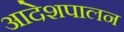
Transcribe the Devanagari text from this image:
आदेशपालन